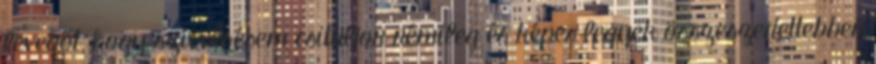
levegőt, hogy szívverésem csituljon némileg és képes legyek összeszedettebben